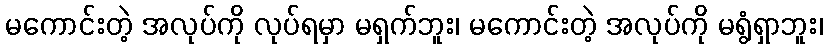
မကောင်းတဲ့ အလုပ်ကို လုပ်ရမှာ မရှက်ဘူး၊ မကောင်းတဲ့ အလုပ်ကို မရွံရှာဘူး၊